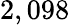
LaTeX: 2,098